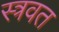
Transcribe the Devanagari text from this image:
स्त्रवत